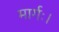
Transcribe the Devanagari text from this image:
मार्गः।